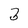
Character: 3